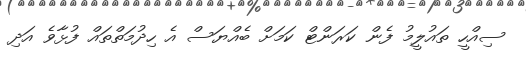
ސިއްހީ ތައުލީމު ފެން ކަރަންޓް ކަމަށް ބެއްޔަސް އެ ހިދުމަތްތައް ފުޅާވެ އަދި